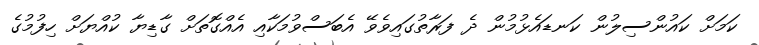
ކަމަށް ކައުންސިލުން ކަނޑައެޅުމުން ދެ ފަރާތުގައިވެވޭ އެބަސްވުމަކާއި އެއްގޮތަށް ގާޑިޔާ ކުއްޔަށް ހިފުމުގެ